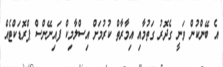
އެ ބޭންކުން ވަނީ ގެދޮރު ގަތުމާއި އިމާރާތް ކުރުމަށް އިސްލާމިކް ފައިނޭންސް ޕްރޮޑަކްޓެއް